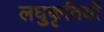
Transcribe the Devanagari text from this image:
लघुकृतियों